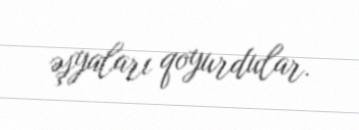
əşyaları qoyurdular.